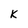
Character: K